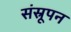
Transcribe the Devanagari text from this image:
संस्रूपन